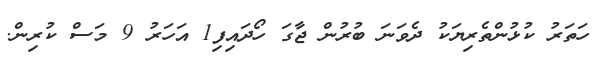
ހަތަރު ކުޅުންތެރިޔަކު ދެވަނަ ބުރުން ޖާގަ ހޯދައިފި1 އަހަރު 9 މަސް ކުރިން.